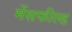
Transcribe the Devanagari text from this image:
मेंसफील्ड